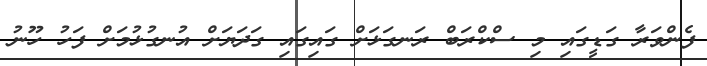
ފެންވަރާ ގަޑީގައި މި ސްކްރަބް ރަނގަޅަށް ގައިގައި ގަދަޔަށް އުނގުޅުމަށް ފަހު ހޫނު